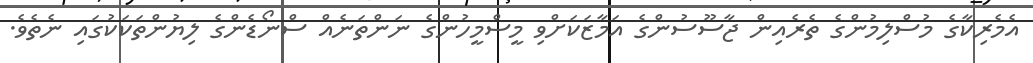
އެމެރިކާގެ މުސްލިމުންގެ ތެރެއިން ޖާސޫސުންގެ އަމާޒަކަށްވި މީސްމީހުންގެ ނަންތަނެއް ސްނޯޑެންގެ ލިޔުންތަކަކުގައި ނެތެވެ.